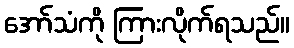
အော်သံကို ကြားလိုက်ရသည်။